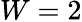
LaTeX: W=2